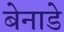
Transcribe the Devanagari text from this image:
बेनाडे